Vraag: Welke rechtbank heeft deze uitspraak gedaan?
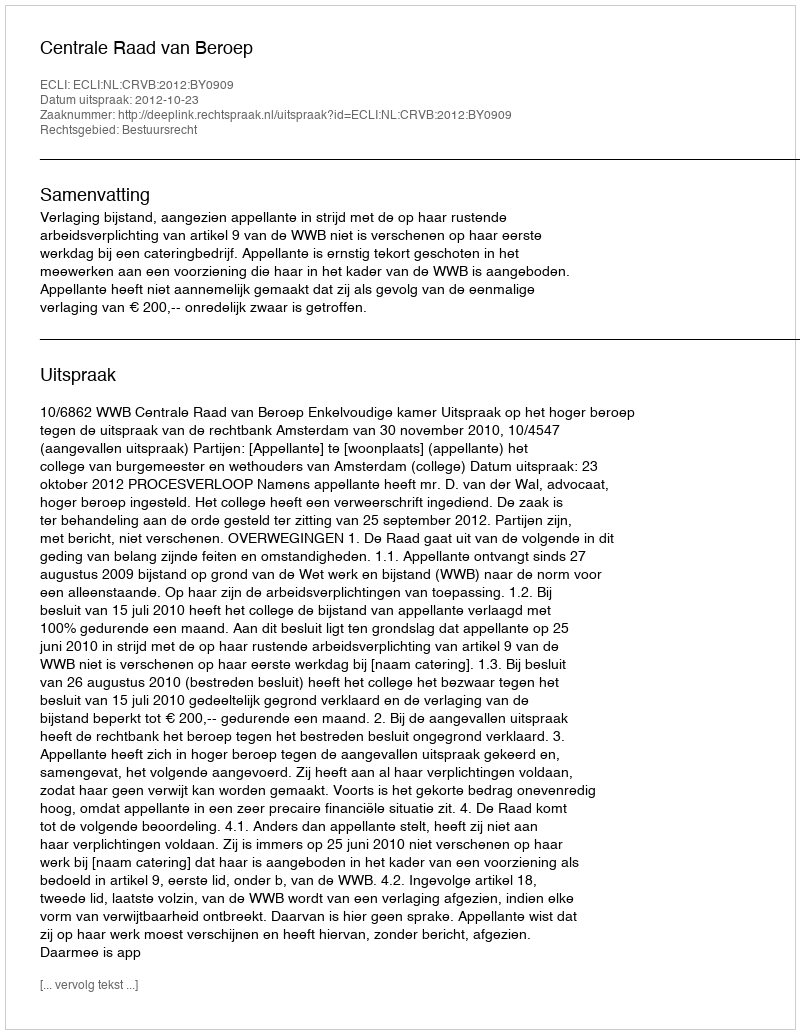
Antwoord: Centrale Raad van Beroep